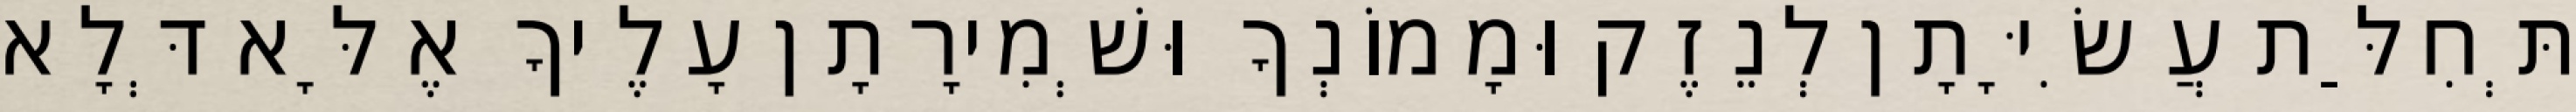
תְּחִלַּת עֲשִׂיָּתָן לְנֵזֶק וּמָמוֹנְךָ וּשְׁמִירָתָן עָלֶיךָ אֶלָּא דְּלָא